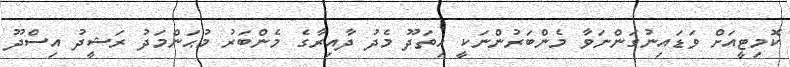
ކޮމިޓީއަށް ވަޑައިނުގަންނަވާ މެންބަރުންނަކީ ހިތަދޫ މެދު ދާއިރާގެ މެންބަރު މުޙަންމަދު ރަޝީދު އިސްދޫ